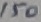
Text: 150